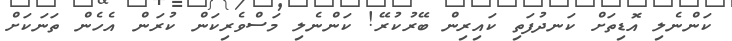
ކަންނެލި އޮޑިތަށް ކަނދުފަތި ކައިރިން ބޭރުކުރޭ! ކަންނެލި މަސްވެރިކަން ކުރަން އެހެން ތަނަކަށް